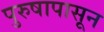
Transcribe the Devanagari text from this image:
पुरुषापासून